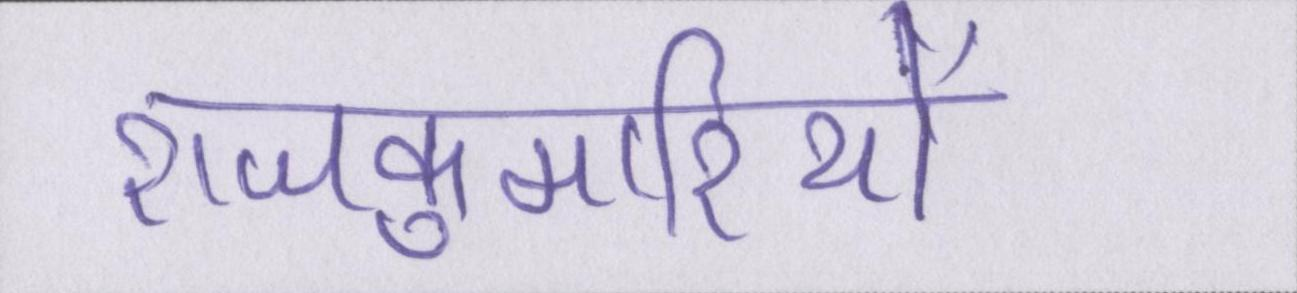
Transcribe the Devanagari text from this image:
राजकुमारियों